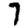
Digit: 7